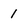
Character: 1